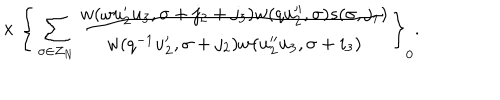
LaTeX: { } ~ ~ \times \Bigg \{ \sum _ { \sigma \in Z _ { N } } \frac { w ( \omega u _ { 2 } ^ { \prime } u _ { 3 } , \sigma + j _ { 2 } + j _ { 3 } ) w ( q u _ { 2 } ^ { \prime \prime } , \sigma ) s ( \sigma , j _ { 1 } ) } { w ( q ^ { - 1 } u _ { 2 } ^ { \prime } , \sigma + j _ { 2 } ) w ( u _ { 2 } ^ { \prime \prime } u _ { 3 } , \sigma + i _ { 3 } ) } \Bigg \} _ { 0 } .